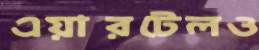
এয়ারটেলও